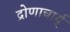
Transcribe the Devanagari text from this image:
द्रोणाचार्य्